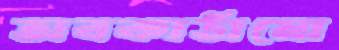
অবকাঠামো